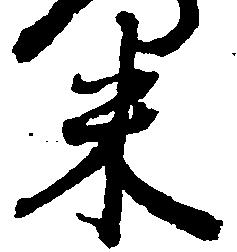
米